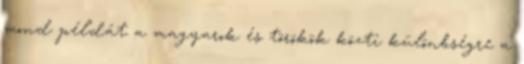
mond példát a magyarok és törökök közti különbségre a